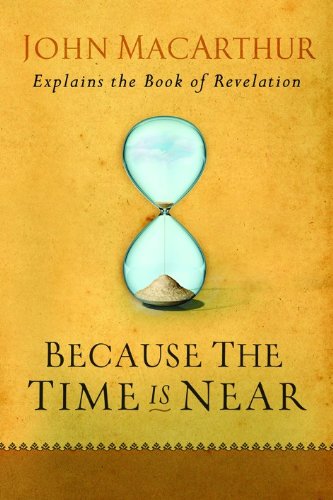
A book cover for Because the Time is Near: John MacArthur Explains the Book of Revelation; John MacArthur; Christian Books & Bibles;